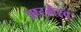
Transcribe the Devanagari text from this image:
अष्टभैरव